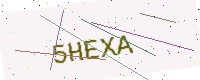
Text: 5HEXA